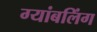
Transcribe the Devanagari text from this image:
ग्यांबलिंग